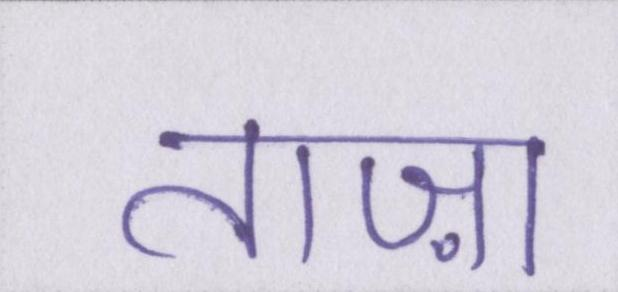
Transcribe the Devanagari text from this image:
ताज़ा